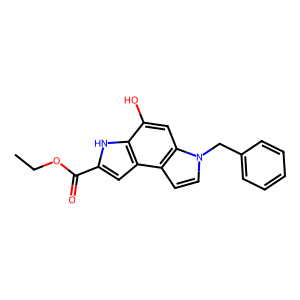
SMILES: CCOC(=O)c1cc2c([nH]1)c(O)cc1c2ccn1Cc1ccccc1
Inhibits HIV replication: No